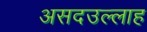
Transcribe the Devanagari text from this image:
असदउल्लाह